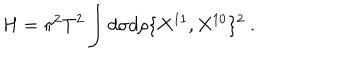
H = \pi ^ { 2 } T ^ { 2 } \int d \sigma d \rho \{ X ^ { 1 1 } , X ^ { 1 0 } \} ^ { 2 } \ .